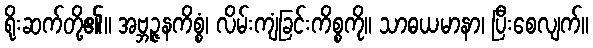
ရိုးဆက်တို့၏။ အဗ္ဘဉ္ဇနကိစ္စံ၊ လိမ်းကျံခြင်းကိစ္စကို။ သာဓယမာနာ၊ ပြီးစေလျက်။